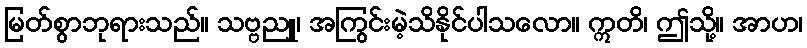
မြတ်စွာဘုရားသည်။ သဗ္ဗညူ၊ အကြွင်းမဲ့သိနိုင်ပါသလော။ ဣတိ၊ ဤသို့။ အာဟ၊